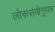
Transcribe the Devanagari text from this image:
लोकसंखेनुसार